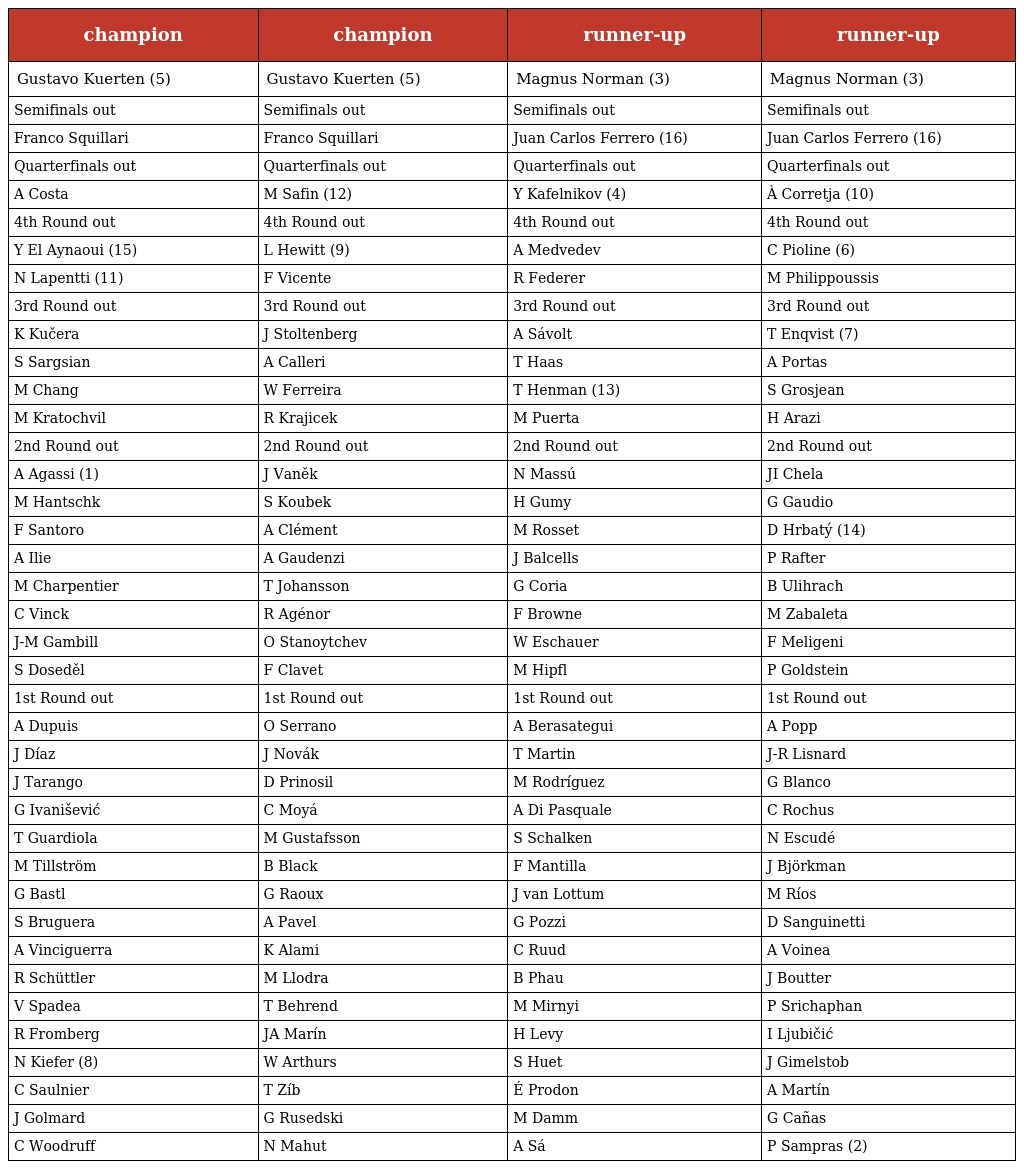
| champion | champion | runner-up | runner-up |
 | --- | --- | --- | --- |
 | Gustavo Kuerten (5) | Gustavo Kuerten (5) | Magnus Norman (3) | Magnus Norman (3) |
 | Semifinals out | Semifinals out | Semifinals out | Semifinals out |
 | Franco Squillari | Franco Squillari | Juan Carlos Ferrero (16) | Juan Carlos Ferrero (16) |
 | Quarterfinals out | Quarterfinals out | Quarterfinals out | Quarterfinals out |
 | A Costa | M Safin (12) | Y Kafelnikov (4) | À Corretja (10) |
 | 4th Round out | 4th Round out | 4th Round out | 4th Round out |
 | Y El Aynaoui (15) | L Hewitt (9) | A Medvedev | C Pioline (6) |
 | N Lapentti (11) | F Vicente | R Federer | M Philippoussis |
 | 3rd Round out | 3rd Round out | 3rd Round out | 3rd Round out |
 | K Kučera | J Stoltenberg | A Sávolt | T Enqvist (7) |
 | S Sargsian | A Calleri | T Haas | A Portas |
 | M Chang | W Ferreira | T Henman (13) | S Grosjean |
 | M Kratochvil | R Krajicek | M Puerta | H Arazi |
 | 2nd Round out | 2nd Round out | 2nd Round out | 2nd Round out |
 | A Agassi (1) | J Vaněk | N Massú | JI Chela |
 | M Hantschk | S Koubek | H Gumy | G Gaudio |
 | F Santoro | A Clément | M Rosset | D Hrbatý (14) |
 | A Ilie | A Gaudenzi | J Balcells | P Rafter |
 | M Charpentier | T Johansson | G Coria | B Ulihrach |
 | C Vinck | R Agénor | F Browne | M Zabaleta |
 | J-M Gambill | O Stanoytchev | W Eschauer | F Meligeni |
 | S Doseděl | F Clavet | M Hipfl | P Goldstein |
 | 1st Round out | 1st Round out | 1st Round out | 1st Round out |
 | A Dupuis | O Serrano | A Berasategui | A Popp |
 | J Díaz | J Novák | T Martin | J-R Lisnard |
 | J Tarango | D Prinosil | M Rodríguez | G Blanco |
 | G Ivanišević | C Moyá | A Di Pasquale | C Rochus |
 | T Guardiola | M Gustafsson | S Schalken | N Escudé |
 | M Tillström | B Black | F Mantilla | J Björkman |
 | G Bastl | G Raoux | J van Lottum | M Ríos |
 | S Bruguera | A Pavel | G Pozzi | D Sanguinetti |
 | A Vinciguerra | K Alami | C Ruud | A Voinea |
 | R Schüttler | M Llodra | B Phau | J Boutter |
 | V Spadea | T Behrend | M Mirnyi | P Srichaphan |
 | R Fromberg | JA Marín | H Levy | I Ljubičić |
 | N Kiefer (8) | W Arthurs | S Huet | J Gimelstob |
 | C Saulnier | T Zíb | É Prodon | A Martín |
 | J Golmard | G Rusedski | M Damm | G Cañas |
 | C Woodruff | N Mahut | A Sá | P Sampras (2) |